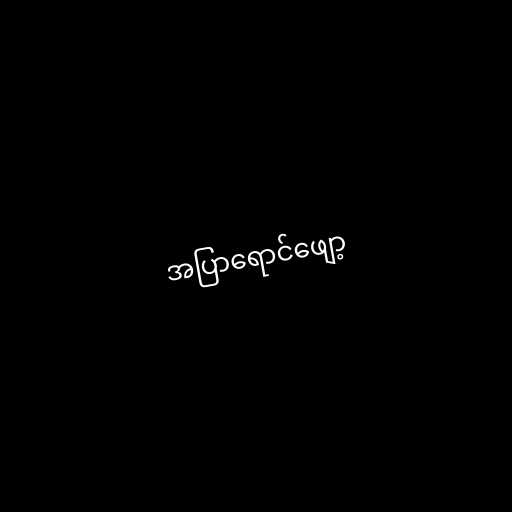
အပြာရောင်ဖျော့